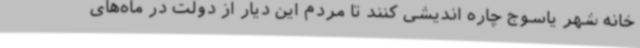
خانه شهر یاسوج چاره اندیشی کنند تا مردم این دیار از دولت در ماه‌های